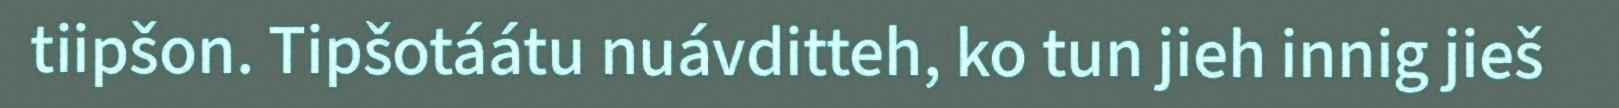
tiipšon. Tipšotáátu nuávditteh, ko tun jieh innig jieš